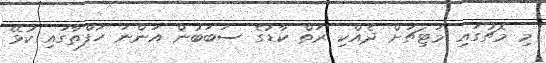
މި މެޗުގައި މަޓިޗަށް ދެއްކި ރަތް ކާޑުގެ ސަބަބުން އަންނަ ހަފްތާގައި ކުޅޭ